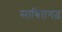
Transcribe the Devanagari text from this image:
साबितगढ़